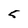
Character: 5